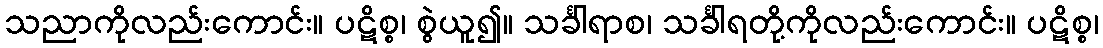
သညာကိုလည်းကောင်း။ ပဋိစ္စ၊ စွဲယူ၍။ သင်္ခါရာစ၊ သင်္ခါရတို့ကိုလည်းကောင်း။ ပဋိစ္စ၊